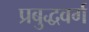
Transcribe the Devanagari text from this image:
प्रबुद्धवर्ग